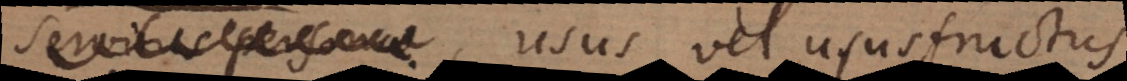
personae, usus vel ususfructus